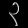
Digit: ၃